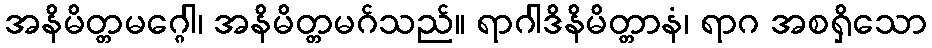
အနိမိတ္တမဂ္ဂေါ၊ အနိမိတ္တမဂ်သည်။ ရာဂါဒိနိမိတ္တာနံ၊ ရာဂ အစရှိသော